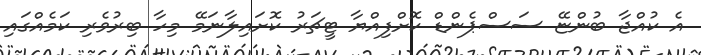
އެ ކުއްޖާ ބުންޏޭ ސަސްޕެންޑް ކޮށްފިއްޔާ ޓީޗަރު ކޮށައިލާނަމޭ މިހާ ބިރުވެރި ކަމެއްގައި